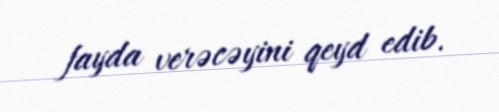
fayda verəcəyini qeyd edib.